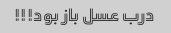
درب عسل باز بود!!!